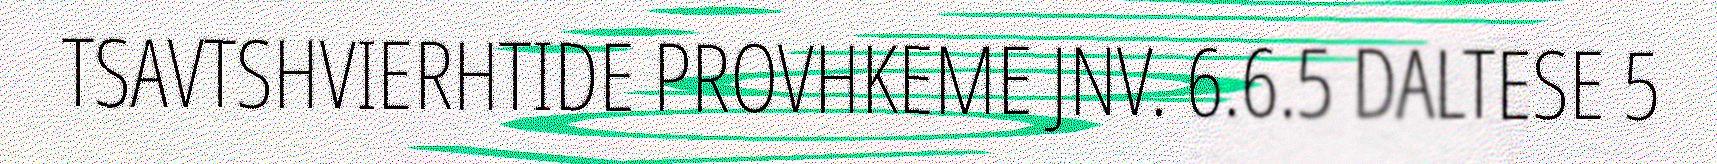
TSAVTSHVIERHTIDE PROVHKEME JNV. 6.6.5 DALTESE 5